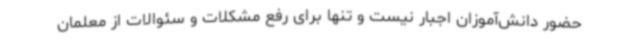
حضور دانش‌آموزان اجبار نیست و تنها برای رفع مشکلات و سئوالات از معلمان